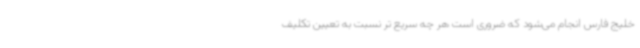
خلیج فارس انجام می‌شود که ضروری است هر چه سریع تر نسبت به تعیین تکلیف